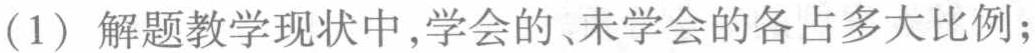
（1）解题教学现状中，学会的、未学会的各占多大比例；